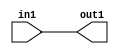
`timescale 1ps / 1ps

// Generated by Cadence Genus(TM) Synthesis Solution 19.11-s087_1
// Generated on: Sep  7 2022 16:14:19 CEST (Sep  7 2022 14:14:19 UTC)

module fir_Add_3U_26_4(in1, out1);
  input [2:0] in1;
  output [2:0] out1;
  wire [2:0] in1;
  wire [2:0] out1;
  assign out1[0] = in1[0];
  assign out1[1] = in1[1];
  assign out1[2] = in1[2];
endmodule